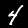
Label: 4